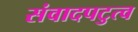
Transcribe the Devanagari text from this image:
संवादपटुत्व